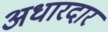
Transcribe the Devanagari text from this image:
अधारदार